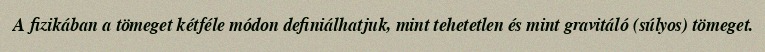
A fizikában a tömeget kétféle módon definiálhatjuk, mint tehetetlen és mint gravitáló (súlyos) tömeget.